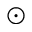
\odot